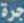
جرة